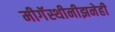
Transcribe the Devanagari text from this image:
मीगॅस्थीनीझनेही